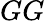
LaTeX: GG